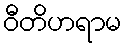
ဝီတိဟရာမ